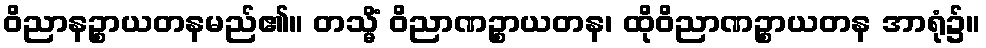
ဝိညာနဉ္စာယတနမည်၏။ တသ္မိံ ဝိညာဏဉ္စာယတန၊ ထိုဝိညာဏဉ္စာယတန အာရုံ၌။